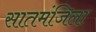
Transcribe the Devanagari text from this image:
सातमंजिला